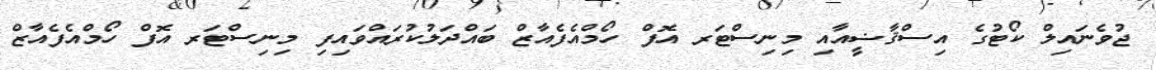
ޖުވެނައިލް ކޯޓުގެ އިސްޤާޟީއާއި މިނިސްޓަރ އޮފް ހޯމްއެފެއާޒް ބައްދަލުކުރައްވައިފި މިނިސްޓަރ އޮފް ހޯމްއެފެއާޒް